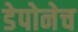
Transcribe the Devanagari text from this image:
डेपोनेच